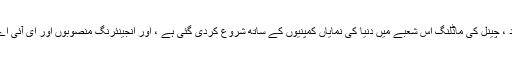
اردگان نے کہا کہ تجربہ گاہوں کے تجربات اور زمینی کام کے بعد ، چینل کی ماڈلنگ اس شعبے میں دنیا کی نمایاں کمپنیوں کے ساتھ شروع کردی گئی ہے ، اور انجینئرنگ منصوبوں اور ای آئی اے کی مطالعات کی تکمیل کے ساتھ موجودہ مرحلے پر پہنچ گیا ہے۔